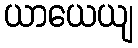
ယာယေယျ